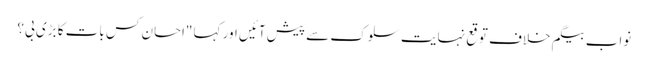
نواب بیگم خلاف توقع نہایت سلوک سے پیش آئیں اور کہا "احسان کس بات کا بڑی بی؟